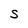
Character: S